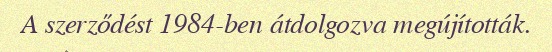
A szerződést 1984-ben átdolgozva megújították.